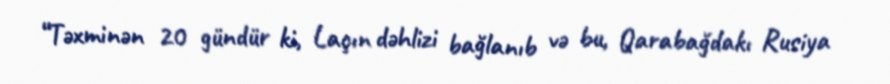
“Təxminən 20 gündür ki, Laçın dəhlizi bağlanıb və bu, Qarabağdakı Rusiya